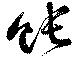
餦